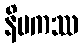
နိပကဿ